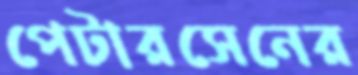
পেটারসেনের